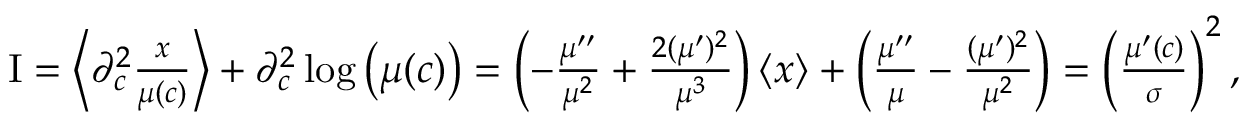
\begin{array} { r } { \mathrm { I } = \left\langle \partial _ { c } ^ { 2 } \frac { x } { \mu ( c ) } \right\rangle + \partial _ { c } ^ { 2 } \log \left( \mu ( c ) \right) = \left( - \frac { \mu ^ { \prime \prime } } { \mu ^ { 2 } } + \frac { 2 ( \mu ^ { \prime } ) ^ { 2 } } { \mu ^ { 3 } } \right) \left\langle x \right\rangle + \left( \frac { \mu ^ { \prime \prime } } { \mu } - \frac { ( \mu ^ { \prime } ) ^ { 2 } } { \mu ^ { 2 } } \right) = \left( \frac { \mu ^ { \prime } ( c ) } { \sigma } \right) ^ { 2 } , } \end{array}